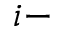
i -